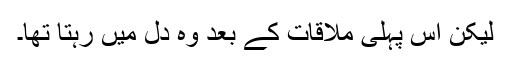
لیکن اس پہلی ملاقات کے بعد وہ دل میں رہتا تھا۔